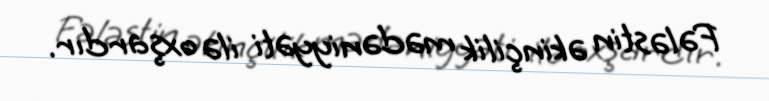
Fələstin əkinçilik mədəniyyəti ilə oxşardır.